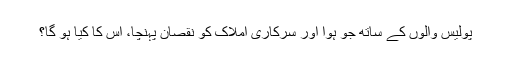
پولیس والوں کے ساتھ جو ہوا اور سرکاری املاک کو نقصان پہنچا، اس کا کیا ہو گا؟